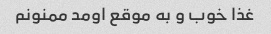
غذا خوب و به موقع اومد ممنونم